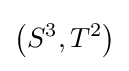
\left(S^{3},T^{2}\right)